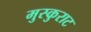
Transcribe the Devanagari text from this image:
मुस्कुराट